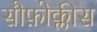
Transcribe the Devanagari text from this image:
सौफ़ोक्लीस